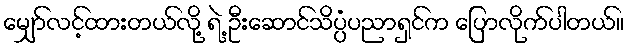
မျှော်လင့်ထားတယ်လို့ ရဲ့ ဦးဆောင်သိပ္ပံပညာရှင်က ပြောလိုက်ပါတယ်။